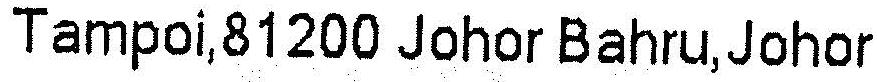
TAMPOI,81200 JOHOR BAHRU,JOHOR